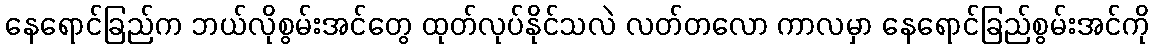
နေရောင်ခြည်က ဘယ်လိုစွမ်းအင်တွေ ထုတ်လုပ်နိုင်သလဲ လတ်တလော ကာလမှာ နေရောင်ခြည်စွမ်းအင်ကို